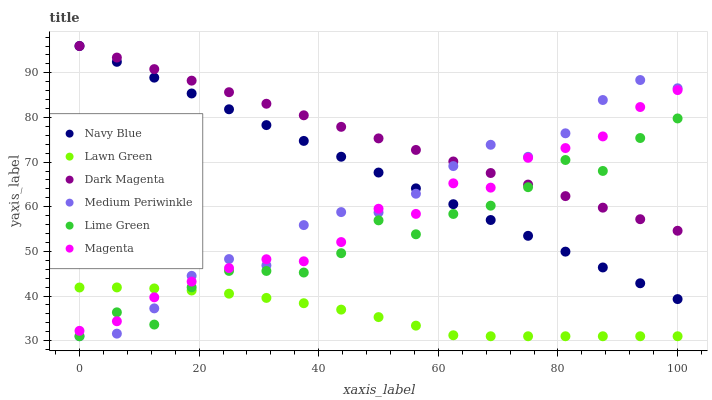
| xaxis_label | Navy Blue | Lawn Green | Dark Magenta | Medium Periwinkle | Lime Green | Magenta |
 | --- | --- | --- | --- | --- | --- | --- |
 | 0 | 96 | 41.9 | 96 | 31 | 31 | 32.2 |
 | 6.25 | 92.5 | 41.9 | 93.4 | 31.6 | 36.4 | 34.4 |
 | 12.5 | 88.9 | 41.7 | 90.8 | 37.2 | 33.6 | 39.7 |
 | 18.8 | 85.4 | 41.2 | 88.2 | 44.5 | 42 | 43.2 |
 | 25 | 81.8 | 40.5 | 85.7 | 48.3 | 45.6 | 46.3 |
 | 31.2 | 78.3 | 39.6 | 83.1 | 46.9 | 45.6 | 48.2 |
 | 37.5 | 74.7 | 38.4 | 80.5 | 55.9 | 45.3 | 47.8 |
 | 43.8 | 71.2 | 37 | 77.9 | 58.8 | 49.6 | 52.1 |
 | 50 | 67.7 | 35.3 | 75.3 | 58.7 | 57 | 59.6 |
 | 56.2 | 64.1 | 33.4 | 72.7 | 62.9 | 53.8 | 58.4 |
 | 62.5 | 60.6 | 31.2 | 70.1 | 69.1 | 58.4 | 65.2 |
 | 68.8 | 57 | 31 | 67.6 | 73.9 | 60.2 | 64.3 |
 | 75 | 53.5 | 31 | 65 | 71.2 | 64.4 | 71 |
 | 81.2 | 50 | 31 | 62.4 | 76.5 | 70.5 | 73.1 |
 | 87.5 | 46.4 | 31 | 59.8 | 83.9 | 68 | 75.8 |
 | 93.8 | 42.9 | 31 | 57.2 | 88.4 | 75.4 | 82.3 |
 | 100 | 39.3 | 31 | 54.6 | 86.5 | 79.8 | 86.1 |